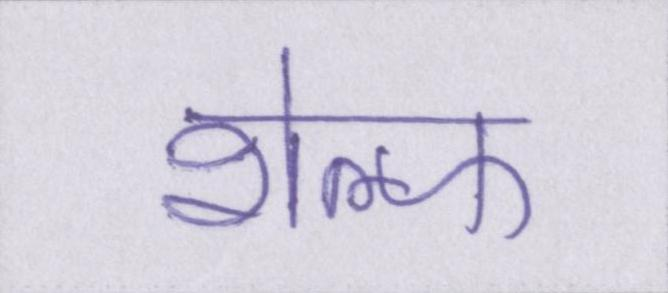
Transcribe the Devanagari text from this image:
शेल्फ